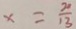
\times = \frac { 2 0 } { 1 3 }